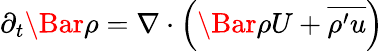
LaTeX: \begin{array}{r}{\partial_{t}\Bar{\rho}=\nabla\cdot\left(\Bar{\rho}U+\overline{{\rho^{\prime}u}}\right)}\end{array}